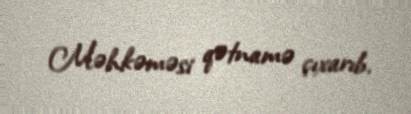
Məhkəməsi qətnamə çıxarıb.